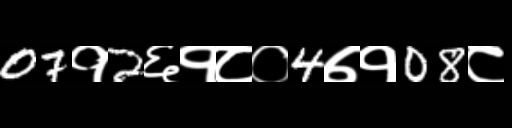
Text: 07१2६१८०4७१08८